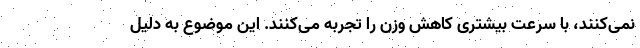
نمی‌کنند، با سرعت بیشتری کاهش وزن را تجربه می‌کنند. این موضوع به دلیل